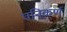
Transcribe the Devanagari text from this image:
पनिकर्ण